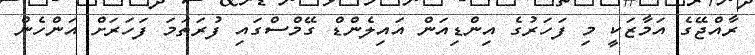
ރާއްޖޭގެ އަމާޒަކީ މި ފަހަރުގެ އިންޑިއަން އައިލެންޑް ގޭމްސްގައި ފުރަތަމަ ފަހަރަށް އަންހެން